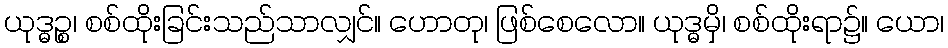
ယုဒ္ဓဉ္စ၊ စစ်ထိုးခြင်းသည်သာလျှင်။ ဟောတု၊ ဖြစ်စေလော။ ယုဒ္ဓမှိ၊ စစ်ထိုးရာ၌။ ယော၊